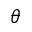
\theta